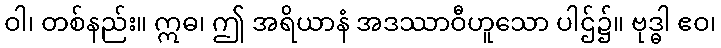
ဝါ၊ တစ်နည်း။ ဣဓ၊ ဤ အရိယာနံ အဒဿာဝီဟူသော ပါဌ်၌။ ဗုဒ္ဓါ ဧဝ၊